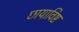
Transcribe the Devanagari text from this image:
छायाविष्ट